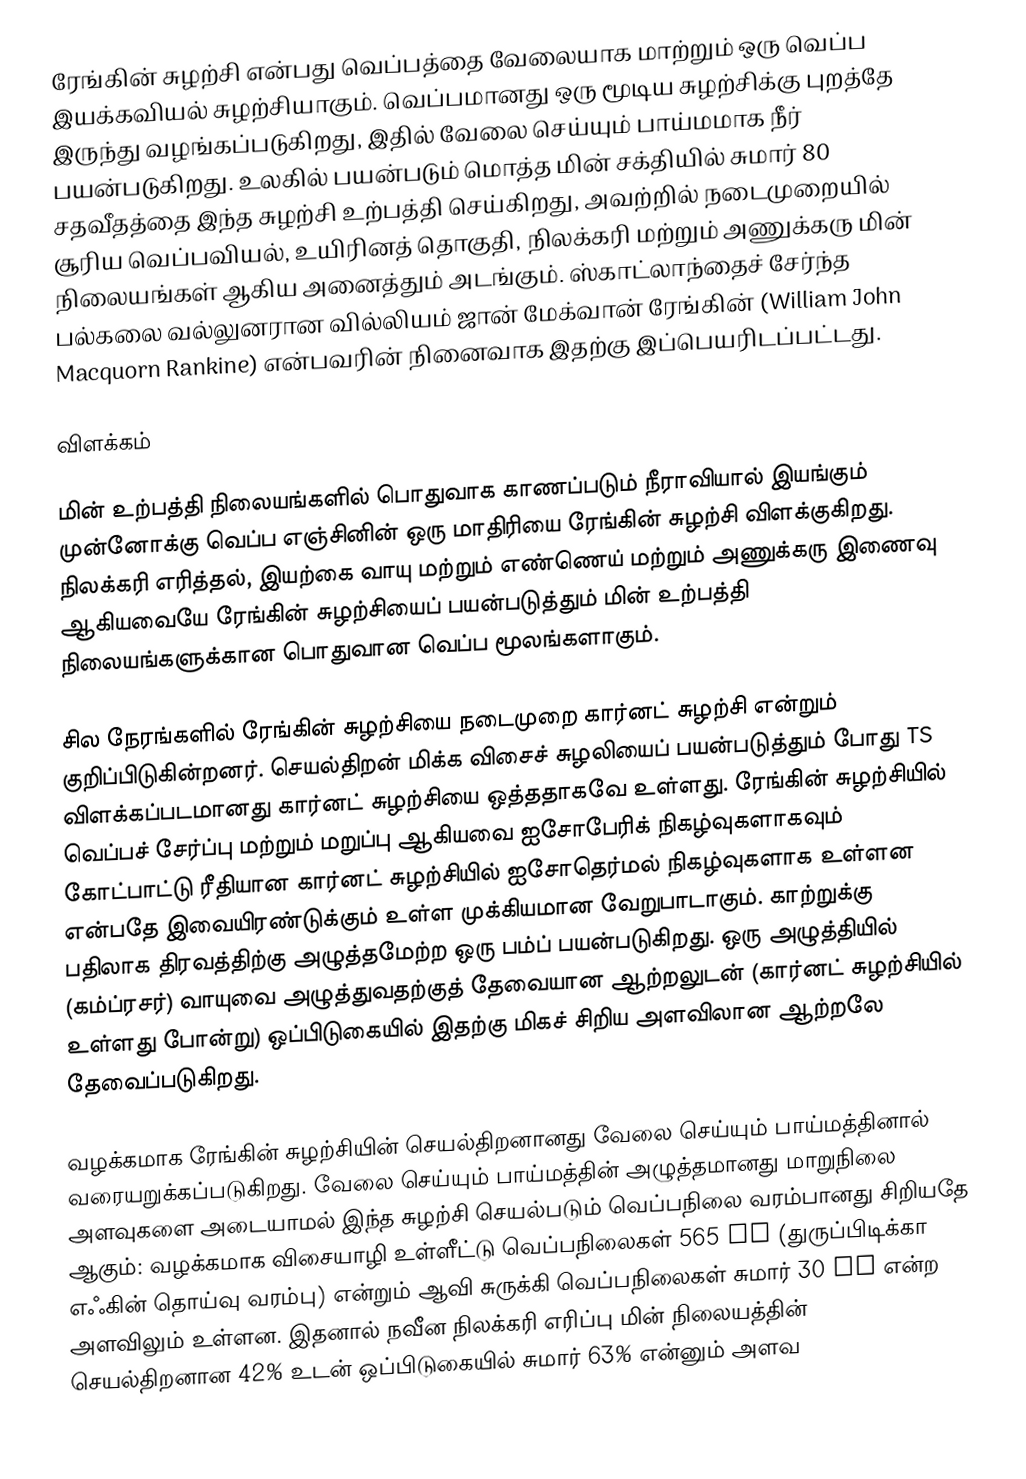
ரேங்கின் சுழற்சி என்பது வெப்பத்தை வேலையாக மாற்றும் ஒரு வெப்ப இயக்கவியல் சுழற்சியாகும். வெப்பமானது ஒரு மூடிய சுழற்சிக்கு புறத்தே இருந்து வழங்கப்படுகிறது, இதில் வேலை செய்யும் பாய்மமாக நீர் பயன்படுகிறது. உலகில் பயன்படும் மொத்த மின் சக்தியில் சுமார் 80 சதவீதத்தை இந்த சுழற்சி உற்பத்தி செய்கிறது, அவற்றில் நடைமுறையில் சூரிய வெப்பவியல், உயிரினத் தொகுதி, நிலக்கரி மற்றும் அணுக்கரு மின் நிலையங்கள் ஆகிய அனைத்தும் அடங்கும். ஸ்காட்லாந்தைச் சேர்ந்த பல்கலை வல்லுனரான வில்லியம் ஜான் மேக்வான் ரேங்கின் (William John Macquorn Rankine) என்பவரின் நினைவாக இதற்கு இப்பெயரிடப்பட்டது.

விளக்கம்

மின் உற்பத்தி நிலையங்களில் பொதுவாக காணப்படும் நீராவியால் இயங்கும் முன்னோக்கு வெப்ப எஞ்சினின் ஒரு மாதிரியை ரேங்கின் சுழற்சி விளக்குகிறது. நிலக்கரி எரித்தல், இயற்கை வாயு மற்றும் எண்ணெய் மற்றும் அணுக்கரு இணைவு ஆகியவையே ரேங்கின் சுழற்சியைப் பயன்படுத்தும் மின் உற்பத்தி நிலையங்களுக்கான பொதுவான வெப்ப மூலங்களாகும்.

சில நேரங்களில் ரேங்கின் சுழற்சியை நடைமுறை கார்னட் சுழற்சி என்றும் குறிப்பிடுகின்றனர். செயல்திறன் மிக்க விசைச் சுழலியைப் பயன்படுத்தும் போது TS விளக்கப்படமானது கார்னட் சுழற்சியை ஒத்ததாகவே உள்ளது. ரேங்கின் சுழற்சியில் வெப்பச் சேர்ப்பு மற்றும் மறுப்பு ஆகியவை ஐசோபேரிக் நிகழ்வுகளாகவும் கோட்பாட்டு ரீதியான கார்னட் சுழற்சியில் ஐசோதெர்மல் நிகழ்வுகளாக உள்ளன என்பதே இவையிரண்டுக்கும் உள்ள முக்கியமான வேறுபாடாகும். காற்றுக்கு பதிலாக திரவத்திற்கு அழுத்தமேற்ற ஒரு பம்ப் பயன்படுகிறது. ஒரு அழுத்தியில் (கம்ப்ரசர்) வாயுவை அழுத்துவதற்குத் தேவையான ஆற்றலுடன் (கார்னட் சுழற்சியில் உள்ளது போன்று) ஒப்பிடுகையில் இதற்கு மிகச் சிறிய அளவிலான ஆற்றலே தேவைப்படுகிறது.

வழக்கமாக ரேங்கின் சுழற்சியின் செயல்திறனானது வேலை செய்யும் பாய்மத்தினால் வரையறுக்கப்படுகிறது. வேலை செய்யும் பாய்மத்தின் அழுத்தமானது மாறுநிலை அளவுகளை அடையாமல் இந்த சுழற்சி செயல்படும் வெப்பநிலை வரம்பானது சிறியதே ஆகும்: வழக்கமாக விசையாழி உள்ளீட்டு வெப்பநிலைகள் 565 °C (துருப்பிடிக்கா எஃகின் தொய்வு வரம்பு) என்றும் ஆவி சுருக்கி வெப்பநிலைகள் சுமார் 30 °C என்ற அளவிலும் உள்ளன. இதனால் நவீன நிலக்கரி எரிப்பு மின் நிலையத்தின் செயல்திறனான 42% உடன் ஒப்பிடுகையில் சுமார் 63% என்னும் அளவ